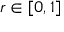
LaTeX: r \in [ 0 , 1 ]